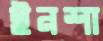
ইনশা